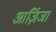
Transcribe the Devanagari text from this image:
आर्ज़िजा